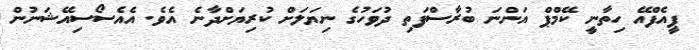
ޕީއެފްއޭ ހިތާނީ ކޭމްޕް އަންނަ ބުރާސްފަތި ދުވަހުގެ ނިޔަލަށް ކުރިޔަށްދާނެ އެވެ. އެއެސޯސިއޭޝަނުން